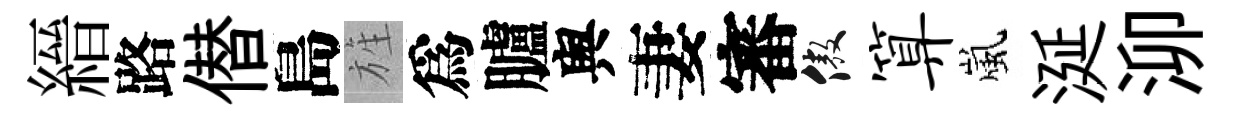
縉路僣島旌爲臚舆妻審傲算嵐涎泖